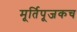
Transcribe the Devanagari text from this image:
मूर्तिपूजकच